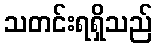
သတင်းရရှိသည်